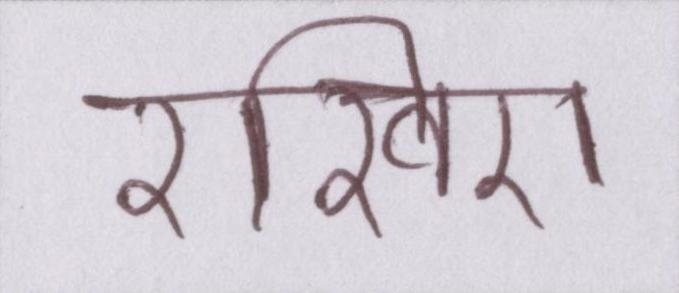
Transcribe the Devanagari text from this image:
रखिए